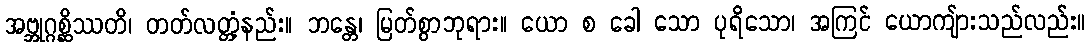
အဗ္ဘုဂ္ဂစ္ဆိဿတိ၊ တတ်လတ္တံ့နည်း။ ဘန္တေ၊ မြတ်စွာဘုရား။ ယော စ ခေါ သော ပုရိသော၊ အကြင် ယောကျ်ားသည်လည်း။